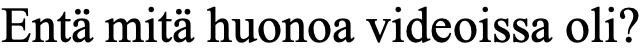
Entä mitä huonoa videoissa oli?